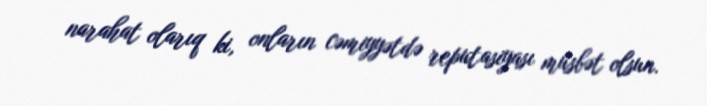
narahat olarıq ki, onların cəmiyyətdə reputasiyası müsbət olsun.